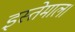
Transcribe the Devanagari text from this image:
इस्तेमाल।